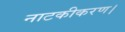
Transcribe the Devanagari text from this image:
नाटकीकरण।